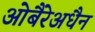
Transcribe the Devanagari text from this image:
ओबैरेअधैन